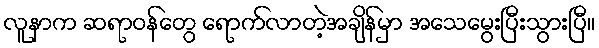
လူနာက ဆရာဝန်တွေ ရောက်လာတဲ့အချိန်မှာ အသေမွေးပြီးသွားပြီ။